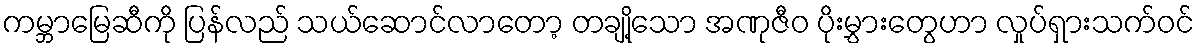
ကမ္ဘာမြေဆီကို ပြန်လည် သယ်ဆောင်လာတော့ တချို့သော အဏုဇီဝ ပိုးမွှားတွေဟာ လှုပ်ရှားသက်ဝင်